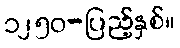
၁၂၅၀-ပြည့်နှစ်။